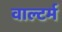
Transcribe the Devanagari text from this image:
वाल्टर्म